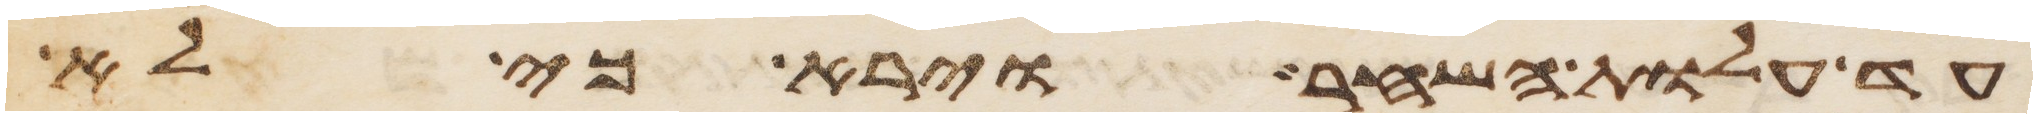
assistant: עד עלות השחר וירא כי לא